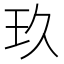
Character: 玖